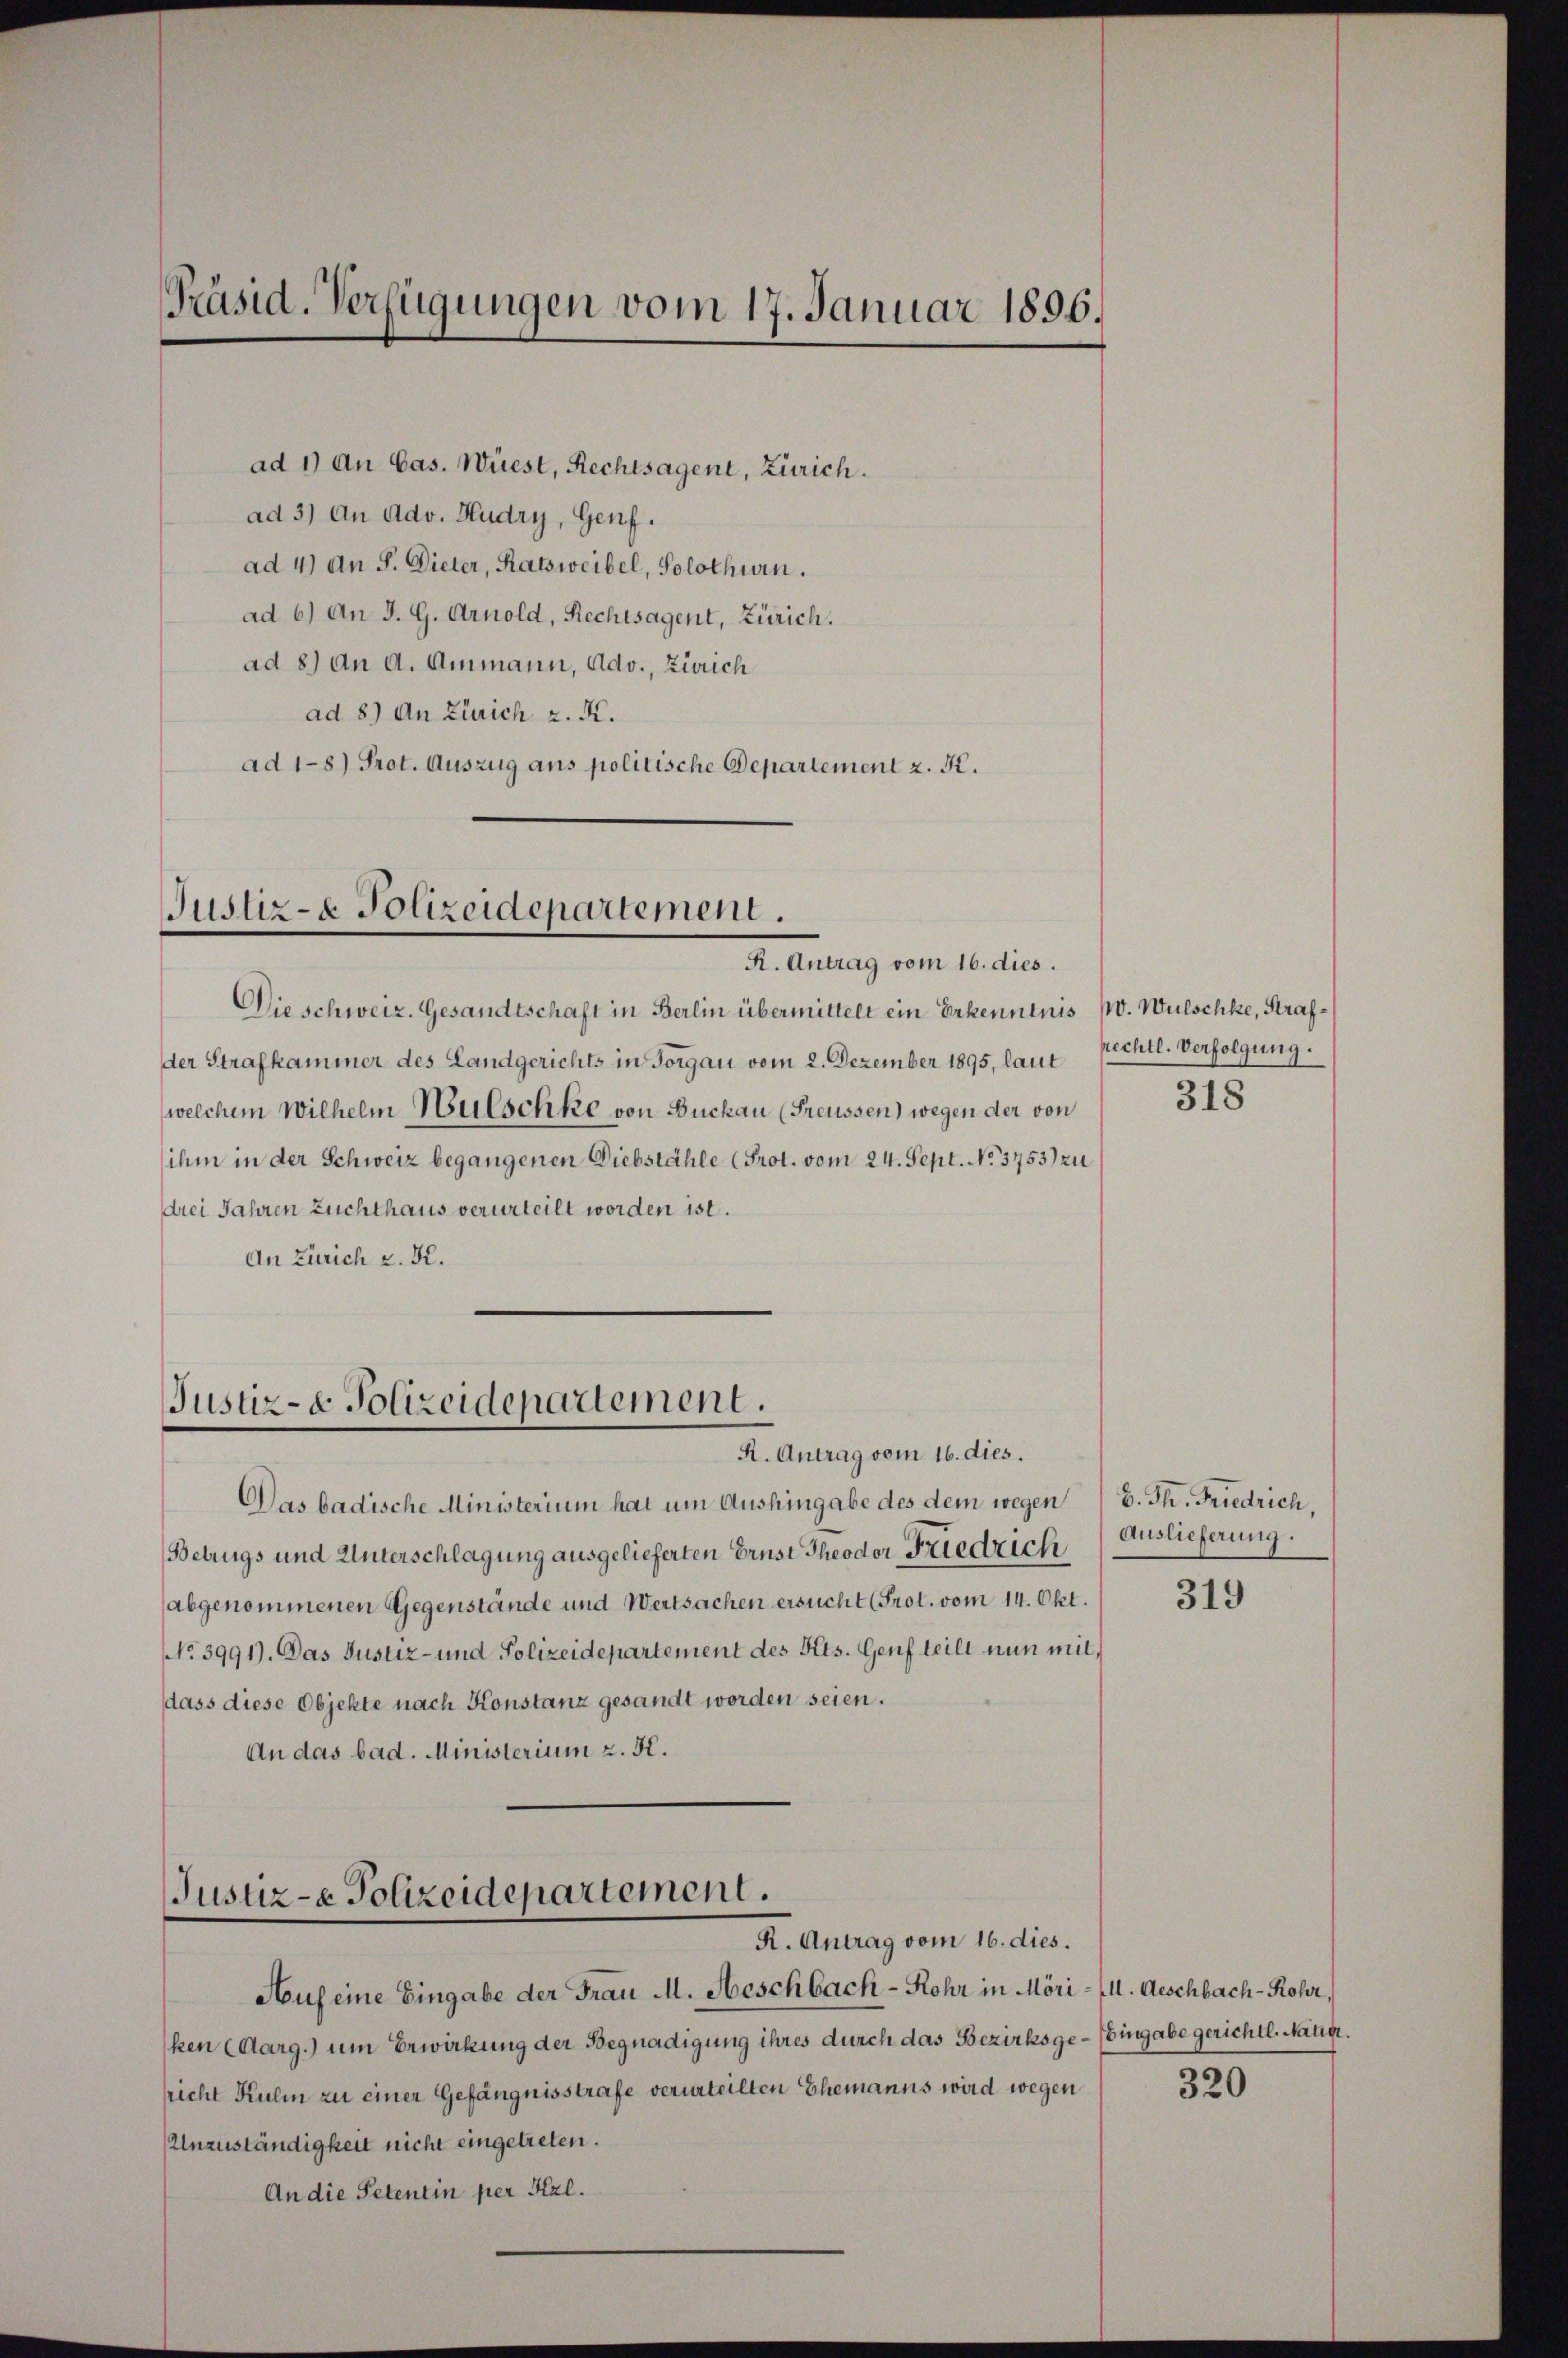
Präsid. Verfügungen vom 17. Januar 1896.

ad 1) An Cas. Wüest, Rechtsagent, Zürich.
ad 3) An Adv. Hudry, Genf.
ad 4) An S. Dieler, Ratsweibel, Solothurn.
ad 6) An J. G. Arnold, Rechtsagent, Zürich.
ad 8) an A. Ammann, Adv., Zürich
ad 8.) An Zürich z. K.
ad 1-8) Prot. Auszug aus politische Departement z. K.

Justiz- & Polizeidepartement.
R. Antrag vom 16. dies.

Justiz- & Polizeidepartement.

Die schweiz. Gesandtschaft in Berlin übermittelt ein Erkenntnis pr. Wulschke, Strafder Strafkammer des Landgerichts in Forgau vom 2. Dezember 1895, laut Rechte. Verfolgung.
welchem Wilhelm Hülschke von Buckau (Freussen) wegen der von
ihm in der Schweiz begangenen Diebstähle (Prot. vom 24. Sept. No. 3753) zu
drei Jahren Zuchthaus verurteilt worden ist.
An Zürich u. Dr.

Justiz-e Polizeidepartement.
R. Antrag vom 16. dies.

R. Antrag vom 16. dies.
Das badische Ministerium hat um Aushingabe des dem wegen B. Th. Friedrich,
Betrugs und Unterschlagung ausgelieferten Ernst Theoder Friedrich
abgenommenen Gegenstände und Wertsachen ersucht (Prot. vom 14. Okt.
No 3991). Das Justiz- und Polizeidepartement des Kts. Genf teilt nun mit,
dass diese Objekte nach Konstanz gesandt worden seien.
An das bad. Ministerium z. K.

Auf eine Eingabe der Frau M. Aeschbach - Rohr in Möri- (I. Geschbach-Rohr,
ken (Aarg.) um Erwirkung der Begnadigung ihres durch das Bezirksge- Eingabe gerichtl. Natig.
sricht Kulm zu einer Gefängnisstrafe verurteilten Ehemanns wird wegen
Unzuständigkeit nicht eingetreten.
An die Petentin per Kzl.

318

Auslieferung.

319

320